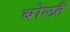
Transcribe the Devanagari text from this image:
बोलतै